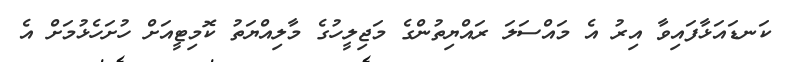
ކަނޑައަޅާފައިވާ އިރު އެ މައްސަލަ ރައްޔިތުންގެ މަޖިލީހުގެ މާލިއްޔަތު ކޮމިޓީއަށް ހުށަހެޅުމަށް އެ